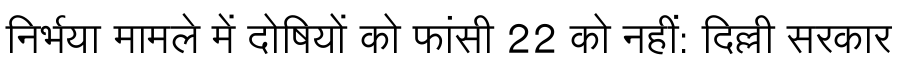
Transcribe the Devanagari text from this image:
निर्भया मामले में दोषियों को फांसी 22 को नहीं: दिल्ली सरकार